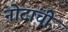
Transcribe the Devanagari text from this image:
नोटांची